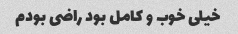
خیلی خوب و کامل بود راضی بودم